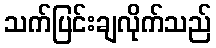
သက်ပြင်းချလိုက်သည်